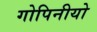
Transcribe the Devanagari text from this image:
गोपिनीयो